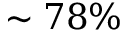
\sim 7 8 \%